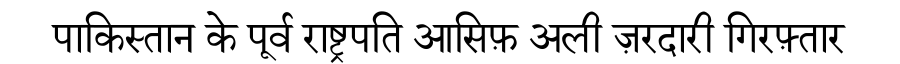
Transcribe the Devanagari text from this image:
पाकिस्तान के पूर्व राष्ट्रपति आसिफ़ अली ज़रदारी गिरफ़्तार